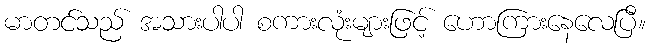
မာတင်သည် အသားပါပါ စကားလုံးများဖြင့် ဟောကြားနေလေပြီ။